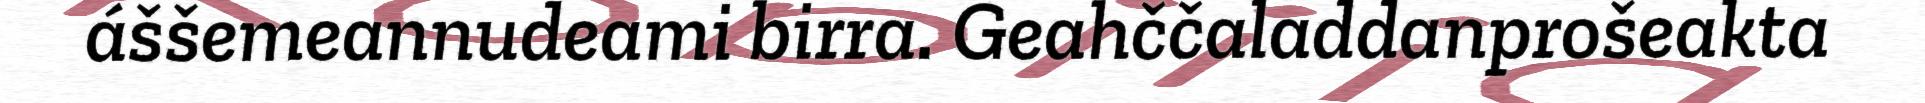
áššemeannudeami birra. Geahččaladdanprošeakta